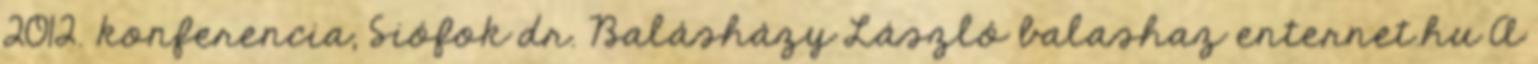
2012. konferencia, Siófok dr. Balásházy László balashaz enternet.hu A